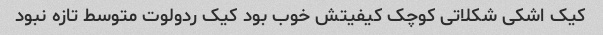
کیک اشکی شکلاتی کوچک کیفیتش خوب بود کیک ردولوت متوسط تازه نبود